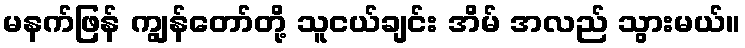
မနက်ဖြန် ကျွန်တော်တို့ သူငယ်ချင်း အိမ် အလည် သွားမယ်။